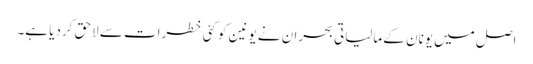
اصل میں یونان کے مالیاتی بحران نے یونین کو کئی خطرات سے لاحق کردیا ہے۔